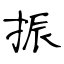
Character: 振